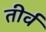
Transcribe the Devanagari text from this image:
तीर्व